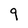
Character: 9